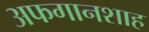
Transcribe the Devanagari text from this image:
अफगानशाह